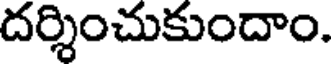
దర్శించుకుందాం.